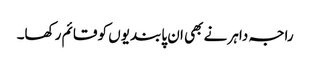
راجہ داہر نے بھی ان پابندیوں کو قائم رکھا۔